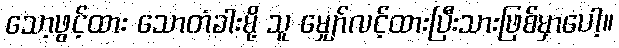
သော့ဖွင့်ထား သောတံခါးမို့ သူ မျှော်လင့်ထားပြီးသားဖြစ်မှာပေါ့။